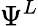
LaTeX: \Psi^{L}